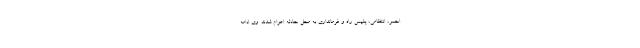
احمر، انتظامی، پلیس راه و فرمانداری به محل حادثه اعزام شدند. وی ادامه